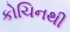
કોચિનથી